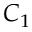
C _ { 1 }